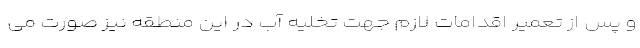
و پس از تعمیر اقدامات لازم‌ جهت تخلیه آب در این منطقه نیز صورت می